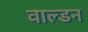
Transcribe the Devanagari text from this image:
वाल्डन